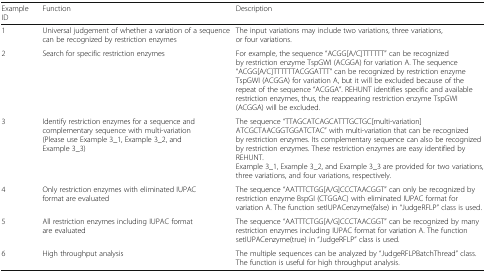
| Example ID | Function | Description |
 | --- | --- | --- |
 | 1 | Universal judgement of whether a variation of a sequence can be recognized by restriction enzymes | The input variations may include two variations, three variations, or four variations. |
 | 2 | Search for specific restriction enzymes | For example, the sequence “ACGG[A/C]TTTTTT” can be recognized by restriction enzyme TspGWI (ACGGA) for variation A. The sequence “ACGG[A/C]TTTTTTACGGATTT” can be recognized by restriction enzyme TspGWI (ACGGA) for variation A, but it will be excluded because of the repeat of the sequence “ACGGA”. REHUNT identifies specific and available restriction enzymes, thus, the reappearing restriction enzyme TspGWI (ACGGA) will be excluded. |
 | 3 | Identify restriction enzymes for a sequence and complementary sequence with multi-variation (Please use Example 3_1, Example 3_2, and Example 3_3) | The sequence “TTAGCATCAGCATTTGCTGC[multi-variation]ATCGCTAACGGTGGATCTAC” with multi-variation that can be recognized by restriction enzymes. Its complementary sequence can also be recognized by restriction enzymes. These restriction enzymes are easy identified by REHUNT.Example 3_1, Example 3_2, and Example 3_3 are provided for two variations, three variations, and four variations, respectively. |
 | 4 | Only restriction enzymes with eliminated IUPAC format are evaluated | The sequence “AATTTCTGG[A/G]CCCTAACGGT” can only be recognized by restriction enzyme BspGI (CTGGAC) with eliminated IUPAC format for variation A. The function setIUPACenzyme(false) in “JudgeRFLP” class is used. |
 | 5 | All restriction enzymes including IUPAC format are evaluated | The sequence “AATTTCTGG[A/G]CCCTAACGGT” can be recognized by many restriction enzymes including IUPAC format for variation A. The function setIUPACenzyme(true) in “JudgeRFLP” class is used. |
 | 6 | High throughput analysis | The multiple sequences can be analyzed by “JudgeRFLPBatchThread” class. The function is useful for high throughput analysis. |